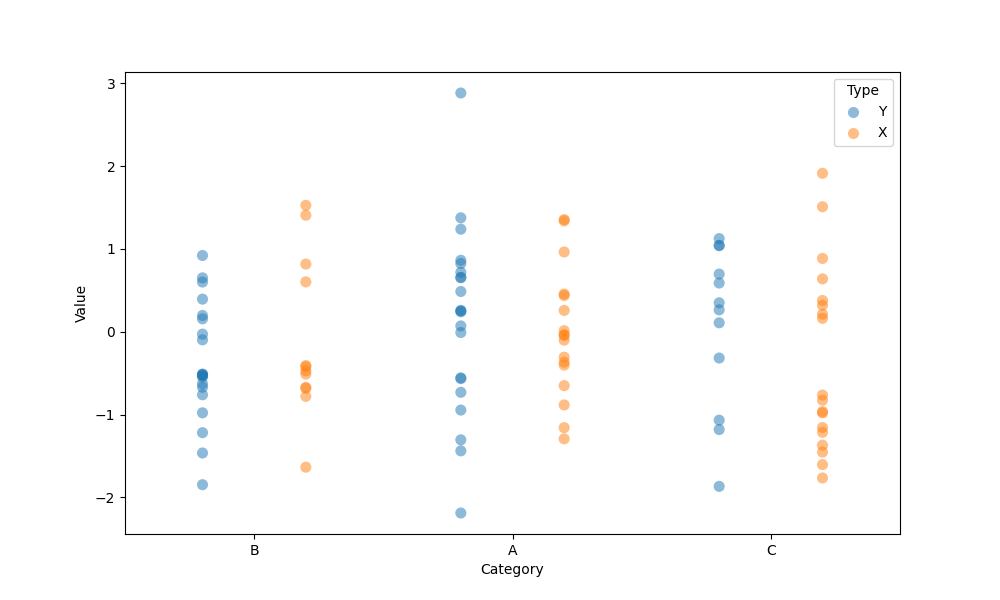
python, seaborn, stripplot, jitter=False, dodge=True, alpha=0.5, size=8